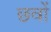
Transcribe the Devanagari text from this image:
छवों